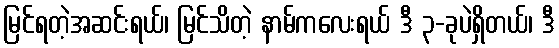
မြင်ရတဲ့အဆင်းရယ်၊ မြင်သိတဲ့ နာမ်ကလေးရယ် ဒီ ၃-ခုပဲရှိတယ်၊ ဒီ